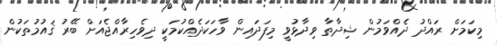
މިކަމަށް ރައްދު ދެއްވަމުން ޝިދާތާ ވިދާޅުވީ މިފަދައިން ވާހަކަދެއްކުމަކީ ދިވެހިރާއްޖެއަށް ބޭރު ޤައުމުތަކުން